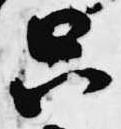
只